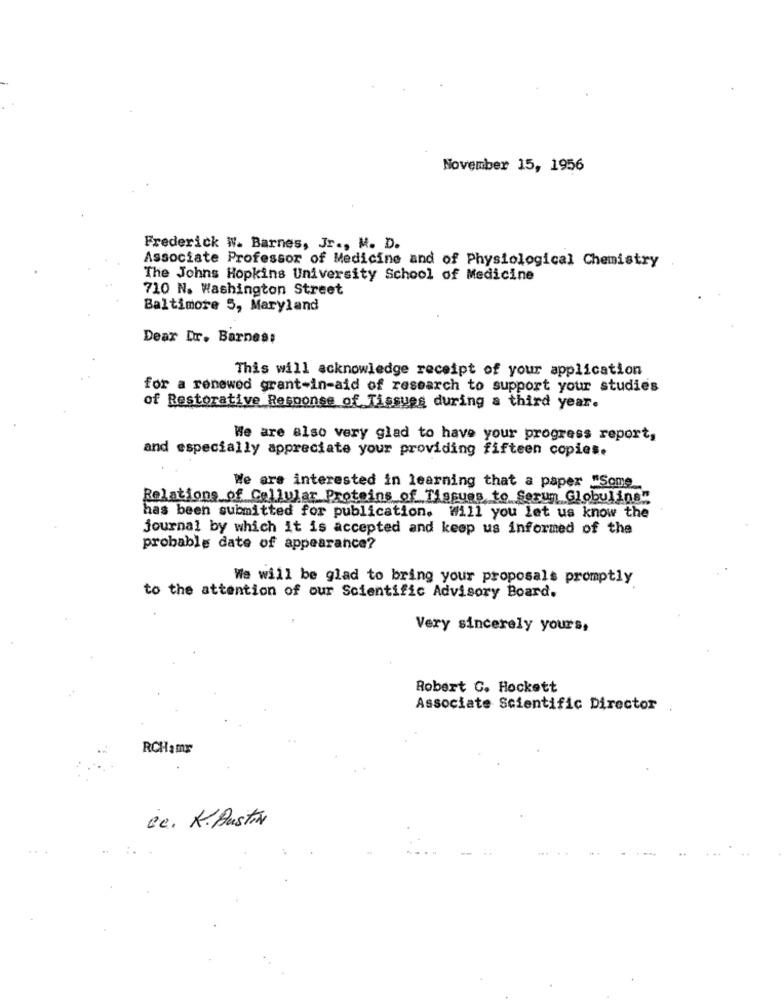
November 15, 1956
Frederick W. Barnes, Jr ., M. D.
Associate Professor of Medicine and of Physiological Chemistry
The Johns Hopkins University School of Medicine
710 N. Washington Street
Baltimore 5, Maryland
Dear Dr. Barnes:
This will acknowledge receipt of your application
for a renewed grant-in-aid of research to support your studies
of Restorative Response of Tissues during a third year.
We are also very glad to have your progress report,
and especially appreciate your providing fifteen copies.
We are interested in learning that a paper "Some_
Relations of Cellular Proteins of Tlasuas to Serun Globulins"
has been submitted for publication. Will you let us know the
journal by which it is accepted and keep us informed of the
probable date of appearance?
We will be glad to bring your proposals promptly
to the attention of our Scientific Advisory Board.
Very sincerely yours,
Robert C. Hockett
Associate Scientific Director
RCHamr
Cc. K. Austia